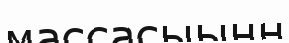
массасыынң